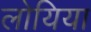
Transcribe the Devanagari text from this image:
लोयिया